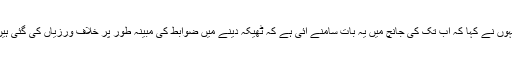
انہوں نے کہا کہ اب تک کی جانچ میں یہ بات سامنے آئی ہے کہ ٹھیکہ دینے میں ضوابط کی مبینہ طور پر خلاف ورزیاں کی گئی ہیں۔